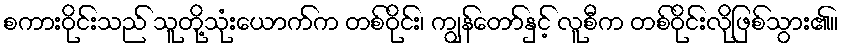
စကားဝိုင်းသည် သူတို့သုံးယောက်က တစ်ဝိုင်း၊ ကျွန်တော်နှင့် လူစီက တစ်ဝိုင်းလိုဖြစ်သွား၏။